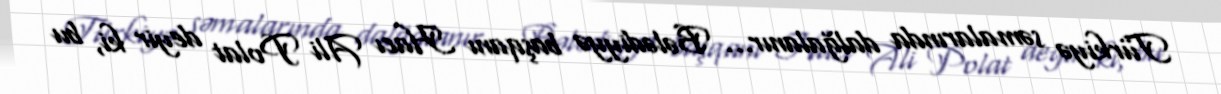
Türkiyə səmalarında dalğalanır... Bələdiyyə başqanı Hacı Ali Polat deyir ki, bu